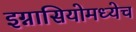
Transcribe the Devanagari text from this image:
इग्नासियोमध्येच